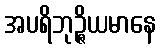
အပရိဘုဉ္ဇိယမာနေ